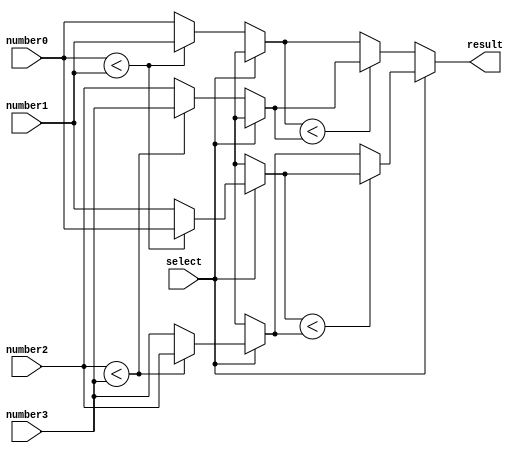
module MMS_4num(result, select, number0, number1, number2, number3);

input        select;
input  [7:0] number0;
input  [7:0] number1;
input  [7:0] number2;
input  [7:0] number3;
output reg [7:0] result; 

reg [7:0]out_01, out_23; 

always@(number0 or number1 or number2 or number3 or select)
begin
	if(select)
		begin
			if(number0 < number1)
				out_01 = number0;
			else
				out_01 = number1;
			if(number2 < number3)
				out_23 = number2;
			else 
				out_23 = number3;
			if(out_01 < out_23)
				result = out_01;
			else
				result = out_23;
		end
	
	else
		begin
			if(number0 < number1)
				out_01 = number1;
			else
				out_01 = number0;
			if(number2 < number3)
				out_23 = number3;
			else 
				out_23 = number2;
			if(out_01 < out_23)
				result = out_23;
			else
				result = out_01;
		end
end
endmodule